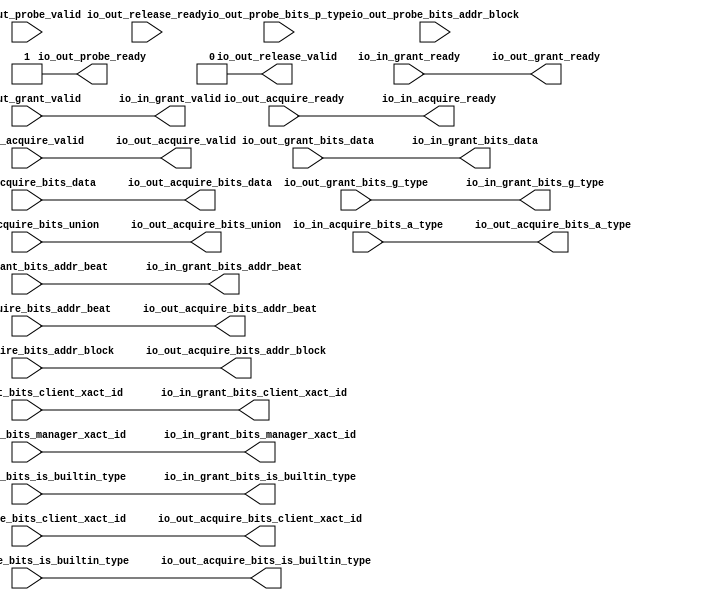
module ClientTileLinkIOWrapper_0
(
  io_in_acquire_ready,
  io_in_acquire_valid,
  io_in_acquire_bits_addr_block,
  io_in_acquire_bits_client_xact_id,
  io_in_acquire_bits_addr_beat,
  io_in_acquire_bits_is_builtin_type,
  io_in_acquire_bits_a_type,
  io_in_acquire_bits_union,
  io_in_acquire_bits_data,
  io_in_grant_ready,
  io_in_grant_valid,
  io_in_grant_bits_addr_beat,
  io_in_grant_bits_client_xact_id,
  io_in_grant_bits_manager_xact_id,
  io_in_grant_bits_is_builtin_type,
  io_in_grant_bits_g_type,
  io_in_grant_bits_data,
  io_out_acquire_ready,
  io_out_acquire_valid,
  io_out_acquire_bits_addr_block,
  io_out_acquire_bits_client_xact_id,
  io_out_acquire_bits_addr_beat,
  io_out_acquire_bits_is_builtin_type,
  io_out_acquire_bits_a_type,
  io_out_acquire_bits_union,
  io_out_acquire_bits_data,
  io_out_grant_ready,
  io_out_grant_valid,
  io_out_grant_bits_addr_beat,
  io_out_grant_bits_client_xact_id,
  io_out_grant_bits_manager_xact_id,
  io_out_grant_bits_is_builtin_type,
  io_out_grant_bits_g_type,
  io_out_grant_bits_data,
  io_out_probe_ready,
  io_out_probe_valid,
  io_out_probe_bits_addr_block,
  io_out_probe_bits_p_type,
  io_out_release_ready,
  io_out_release_valid
);

  input [25:0] io_in_acquire_bits_addr_block;
  input [5:0] io_in_acquire_bits_client_xact_id;
  input [1:0] io_in_acquire_bits_addr_beat;
  input [2:0] io_in_acquire_bits_a_type;
  input [16:0] io_in_acquire_bits_union;
  input [127:0] io_in_acquire_bits_data;
  output [1:0] io_in_grant_bits_addr_beat;
  output [5:0] io_in_grant_bits_client_xact_id;
  output [3:0] io_in_grant_bits_manager_xact_id;
  output [3:0] io_in_grant_bits_g_type;
  output [127:0] io_in_grant_bits_data;
  output [25:0] io_out_acquire_bits_addr_block;
  output [5:0] io_out_acquire_bits_client_xact_id;
  output [1:0] io_out_acquire_bits_addr_beat;
  output [2:0] io_out_acquire_bits_a_type;
  output [16:0] io_out_acquire_bits_union;
  output [127:0] io_out_acquire_bits_data;
  input [1:0] io_out_grant_bits_addr_beat;
  input [5:0] io_out_grant_bits_client_xact_id;
  input [3:0] io_out_grant_bits_manager_xact_id;
  input [3:0] io_out_grant_bits_g_type;
  input [127:0] io_out_grant_bits_data;
  input [25:0] io_out_probe_bits_addr_block;
  input [1:0] io_out_probe_bits_p_type;
  input io_in_acquire_valid;
  input io_in_acquire_bits_is_builtin_type;
  input io_in_grant_ready;
  input io_out_acquire_ready;
  input io_out_grant_valid;
  input io_out_grant_bits_is_builtin_type;
  input io_out_probe_valid;
  input io_out_release_ready;
  output io_in_acquire_ready;
  output io_in_grant_valid;
  output io_in_grant_bits_is_builtin_type;
  output io_out_acquire_valid;
  output io_out_acquire_bits_is_builtin_type;
  output io_out_grant_ready;
  output io_out_probe_ready;
  output io_out_release_valid;
  wire [1:0] io_in_grant_bits_addr_beat,io_out_acquire_bits_addr_beat;
  wire [5:0] io_in_grant_bits_client_xact_id,io_out_acquire_bits_client_xact_id;
  wire [3:0] io_in_grant_bits_manager_xact_id,io_in_grant_bits_g_type;
  wire [127:0] io_in_grant_bits_data,io_out_acquire_bits_data;
  wire [25:0] io_out_acquire_bits_addr_block;
  wire [2:0] io_out_acquire_bits_a_type;
  wire [16:0] io_out_acquire_bits_union;
  wire io_in_acquire_ready,io_in_grant_valid,io_in_grant_bits_is_builtin_type,
  io_out_acquire_valid,io_out_acquire_bits_is_builtin_type,io_out_grant_ready,
  io_out_probe_ready,io_out_release_valid,io_out_acquire_ready,io_out_grant_valid,
  io_out_grant_bits_is_builtin_type,io_in_acquire_valid,io_in_acquire_bits_is_builtin_type,
  io_in_grant_ready;
  assign io_out_probe_ready = 1'b1;
  assign io_out_release_valid = 1'b0;
  assign io_in_acquire_ready = io_out_acquire_ready;
  assign io_in_grant_valid = io_out_grant_valid;
  assign io_in_grant_bits_addr_beat[1] = io_out_grant_bits_addr_beat[1];
  assign io_in_grant_bits_addr_beat[0] = io_out_grant_bits_addr_beat[0];
  assign io_in_grant_bits_client_xact_id[5] = io_out_grant_bits_client_xact_id[5];
  assign io_in_grant_bits_client_xact_id[4] = io_out_grant_bits_client_xact_id[4];
  assign io_in_grant_bits_client_xact_id[3] = io_out_grant_bits_client_xact_id[3];
  assign io_in_grant_bits_client_xact_id[2] = io_out_grant_bits_client_xact_id[2];
  assign io_in_grant_bits_client_xact_id[1] = io_out_grant_bits_client_xact_id[1];
  assign io_in_grant_bits_client_xact_id[0] = io_out_grant_bits_client_xact_id[0];
  assign io_in_grant_bits_manager_xact_id[3] = io_out_grant_bits_manager_xact_id[3];
  assign io_in_grant_bits_manager_xact_id[2] = io_out_grant_bits_manager_xact_id[2];
  assign io_in_grant_bits_manager_xact_id[1] = io_out_grant_bits_manager_xact_id[1];
  assign io_in_grant_bits_manager_xact_id[0] = io_out_grant_bits_manager_xact_id[0];
  assign io_in_grant_bits_is_builtin_type = io_out_grant_bits_is_builtin_type;
  assign io_in_grant_bits_g_type[3] = io_out_grant_bits_g_type[3];
  assign io_in_grant_bits_g_type[2] = io_out_grant_bits_g_type[2];
  assign io_in_grant_bits_g_type[1] = io_out_grant_bits_g_type[1];
  assign io_in_grant_bits_g_type[0] = io_out_grant_bits_g_type[0];
  assign io_in_grant_bits_data[127] = io_out_grant_bits_data[127];
  assign io_in_grant_bits_data[126] = io_out_grant_bits_data[126];
  assign io_in_grant_bits_data[125] = io_out_grant_bits_data[125];
  assign io_in_grant_bits_data[124] = io_out_grant_bits_data[124];
  assign io_in_grant_bits_data[123] = io_out_grant_bits_data[123];
  assign io_in_grant_bits_data[122] = io_out_grant_bits_data[122];
  assign io_in_grant_bits_data[121] = io_out_grant_bits_data[121];
  assign io_in_grant_bits_data[120] = io_out_grant_bits_data[120];
  assign io_in_grant_bits_data[119] = io_out_grant_bits_data[119];
  assign io_in_grant_bits_data[118] = io_out_grant_bits_data[118];
  assign io_in_grant_bits_data[117] = io_out_grant_bits_data[117];
  assign io_in_grant_bits_data[116] = io_out_grant_bits_data[116];
  assign io_in_grant_bits_data[115] = io_out_grant_bits_data[115];
  assign io_in_grant_bits_data[114] = io_out_grant_bits_data[114];
  assign io_in_grant_bits_data[113] = io_out_grant_bits_data[113];
  assign io_in_grant_bits_data[112] = io_out_grant_bits_data[112];
  assign io_in_grant_bits_data[111] = io_out_grant_bits_data[111];
  assign io_in_grant_bits_data[110] = io_out_grant_bits_data[110];
  assign io_in_grant_bits_data[109] = io_out_grant_bits_data[109];
  assign io_in_grant_bits_data[108] = io_out_grant_bits_data[108];
  assign io_in_grant_bits_data[107] = io_out_grant_bits_data[107];
  assign io_in_grant_bits_data[106] = io_out_grant_bits_data[106];
  assign io_in_grant_bits_data[105] = io_out_grant_bits_data[105];
  assign io_in_grant_bits_data[104] = io_out_grant_bits_data[104];
  assign io_in_grant_bits_data[103] = io_out_grant_bits_data[103];
  assign io_in_grant_bits_data[102] = io_out_grant_bits_data[102];
  assign io_in_grant_bits_data[101] = io_out_grant_bits_data[101];
  assign io_in_grant_bits_data[100] = io_out_grant_bits_data[100];
  assign io_in_grant_bits_data[99] = io_out_grant_bits_data[99];
  assign io_in_grant_bits_data[98] = io_out_grant_bits_data[98];
  assign io_in_grant_bits_data[97] = io_out_grant_bits_data[97];
  assign io_in_grant_bits_data[96] = io_out_grant_bits_data[96];
  assign io_in_grant_bits_data[95] = io_out_grant_bits_data[95];
  assign io_in_grant_bits_data[94] = io_out_grant_bits_data[94];
  assign io_in_grant_bits_data[93] = io_out_grant_bits_data[93];
  assign io_in_grant_bits_data[92] = io_out_grant_bits_data[92];
  assign io_in_grant_bits_data[91] = io_out_grant_bits_data[91];
  assign io_in_grant_bits_data[90] = io_out_grant_bits_data[90];
  assign io_in_grant_bits_data[89] = io_out_grant_bits_data[89];
  assign io_in_grant_bits_data[88] = io_out_grant_bits_data[88];
  assign io_in_grant_bits_data[87] = io_out_grant_bits_data[87];
  assign io_in_grant_bits_data[86] = io_out_grant_bits_data[86];
  assign io_in_grant_bits_data[85] = io_out_grant_bits_data[85];
  assign io_in_grant_bits_data[84] = io_out_grant_bits_data[84];
  assign io_in_grant_bits_data[83] = io_out_grant_bits_data[83];
  assign io_in_grant_bits_data[82] = io_out_grant_bits_data[82];
  assign io_in_grant_bits_data[81] = io_out_grant_bits_data[81];
  assign io_in_grant_bits_data[80] = io_out_grant_bits_data[80];
  assign io_in_grant_bits_data[79] = io_out_grant_bits_data[79];
  assign io_in_grant_bits_data[78] = io_out_grant_bits_data[78];
  assign io_in_grant_bits_data[77] = io_out_grant_bits_data[77];
  assign io_in_grant_bits_data[76] = io_out_grant_bits_data[76];
  assign io_in_grant_bits_data[75] = io_out_grant_bits_data[75];
  assign io_in_grant_bits_data[74] = io_out_grant_bits_data[74];
  assign io_in_grant_bits_data[73] = io_out_grant_bits_data[73];
  assign io_in_grant_bits_data[72] = io_out_grant_bits_data[72];
  assign io_in_grant_bits_data[71] = io_out_grant_bits_data[71];
  assign io_in_grant_bits_data[70] = io_out_grant_bits_data[70];
  assign io_in_grant_bits_data[69] = io_out_grant_bits_data[69];
  assign io_in_grant_bits_data[68] = io_out_grant_bits_data[68];
  assign io_in_grant_bits_data[67] = io_out_grant_bits_data[67];
  assign io_in_grant_bits_data[66] = io_out_grant_bits_data[66];
  assign io_in_grant_bits_data[65] = io_out_grant_bits_data[65];
  assign io_in_grant_bits_data[64] = io_out_grant_bits_data[64];
  assign io_in_grant_bits_data[63] = io_out_grant_bits_data[63];
  assign io_in_grant_bits_data[62] = io_out_grant_bits_data[62];
  assign io_in_grant_bits_data[61] = io_out_grant_bits_data[61];
  assign io_in_grant_bits_data[60] = io_out_grant_bits_data[60];
  assign io_in_grant_bits_data[59] = io_out_grant_bits_data[59];
  assign io_in_grant_bits_data[58] = io_out_grant_bits_data[58];
  assign io_in_grant_bits_data[57] = io_out_grant_bits_data[57];
  assign io_in_grant_bits_data[56] = io_out_grant_bits_data[56];
  assign io_in_grant_bits_data[55] = io_out_grant_bits_data[55];
  assign io_in_grant_bits_data[54] = io_out_grant_bits_data[54];
  assign io_in_grant_bits_data[53] = io_out_grant_bits_data[53];
  assign io_in_grant_bits_data[52] = io_out_grant_bits_data[52];
  assign io_in_grant_bits_data[51] = io_out_grant_bits_data[51];
  assign io_in_grant_bits_data[50] = io_out_grant_bits_data[50];
  assign io_in_grant_bits_data[49] = io_out_grant_bits_data[49];
  assign io_in_grant_bits_data[48] = io_out_grant_bits_data[48];
  assign io_in_grant_bits_data[47] = io_out_grant_bits_data[47];
  assign io_in_grant_bits_data[46] = io_out_grant_bits_data[46];
  assign io_in_grant_bits_data[45] = io_out_grant_bits_data[45];
  assign io_in_grant_bits_data[44] = io_out_grant_bits_data[44];
  assign io_in_grant_bits_data[43] = io_out_grant_bits_data[43];
  assign io_in_grant_bits_data[42] = io_out_grant_bits_data[42];
  assign io_in_grant_bits_data[41] = io_out_grant_bits_data[41];
  assign io_in_grant_bits_data[40] = io_out_grant_bits_data[40];
  assign io_in_grant_bits_data[39] = io_out_grant_bits_data[39];
  assign io_in_grant_bits_data[38] = io_out_grant_bits_data[38];
  assign io_in_grant_bits_data[37] = io_out_grant_bits_data[37];
  assign io_in_grant_bits_data[36] = io_out_grant_bits_data[36];
  assign io_in_grant_bits_data[35] = io_out_grant_bits_data[35];
  assign io_in_grant_bits_data[34] = io_out_grant_bits_data[34];
  assign io_in_grant_bits_data[33] = io_out_grant_bits_data[33];
  assign io_in_grant_bits_data[32] = io_out_grant_bits_data[32];
  assign io_in_grant_bits_data[31] = io_out_grant_bits_data[31];
  assign io_in_grant_bits_data[30] = io_out_grant_bits_data[30];
  assign io_in_grant_bits_data[29] = io_out_grant_bits_data[29];
  assign io_in_grant_bits_data[28] = io_out_grant_bits_data[28];
  assign io_in_grant_bits_data[27] = io_out_grant_bits_data[27];
  assign io_in_grant_bits_data[26] = io_out_grant_bits_data[26];
  assign io_in_grant_bits_data[25] = io_out_grant_bits_data[25];
  assign io_in_grant_bits_data[24] = io_out_grant_bits_data[24];
  assign io_in_grant_bits_data[23] = io_out_grant_bits_data[23];
  assign io_in_grant_bits_data[22] = io_out_grant_bits_data[22];
  assign io_in_grant_bits_data[21] = io_out_grant_bits_data[21];
  assign io_in_grant_bits_data[20] = io_out_grant_bits_data[20];
  assign io_in_grant_bits_data[19] = io_out_grant_bits_data[19];
  assign io_in_grant_bits_data[18] = io_out_grant_bits_data[18];
  assign io_in_grant_bits_data[17] = io_out_grant_bits_data[17];
  assign io_in_grant_bits_data[16] = io_out_grant_bits_data[16];
  assign io_in_grant_bits_data[15] = io_out_grant_bits_data[15];
  assign io_in_grant_bits_data[14] = io_out_grant_bits_data[14];
  assign io_in_grant_bits_data[13] = io_out_grant_bits_data[13];
  assign io_in_grant_bits_data[12] = io_out_grant_bits_data[12];
  assign io_in_grant_bits_data[11] = io_out_grant_bits_data[11];
  assign io_in_grant_bits_data[10] = io_out_grant_bits_data[10];
  assign io_in_grant_bits_data[9] = io_out_grant_bits_data[9];
  assign io_in_grant_bits_data[8] = io_out_grant_bits_data[8];
  assign io_in_grant_bits_data[7] = io_out_grant_bits_data[7];
  assign io_in_grant_bits_data[6] = io_out_grant_bits_data[6];
  assign io_in_grant_bits_data[5] = io_out_grant_bits_data[5];
  assign io_in_grant_bits_data[4] = io_out_grant_bits_data[4];
  assign io_in_grant_bits_data[3] = io_out_grant_bits_data[3];
  assign io_in_grant_bits_data[2] = io_out_grant_bits_data[2];
  assign io_in_grant_bits_data[1] = io_out_grant_bits_data[1];
  assign io_in_grant_bits_data[0] = io_out_grant_bits_data[0];
  assign io_out_acquire_valid = io_in_acquire_valid;
  assign io_out_acquire_bits_addr_block[25] = io_in_acquire_bits_addr_block[25];
  assign io_out_acquire_bits_addr_block[24] = io_in_acquire_bits_addr_block[24];
  assign io_out_acquire_bits_addr_block[23] = io_in_acquire_bits_addr_block[23];
  assign io_out_acquire_bits_addr_block[22] = io_in_acquire_bits_addr_block[22];
  assign io_out_acquire_bits_addr_block[21] = io_in_acquire_bits_addr_block[21];
  assign io_out_acquire_bits_addr_block[20] = io_in_acquire_bits_addr_block[20];
  assign io_out_acquire_bits_addr_block[19] = io_in_acquire_bits_addr_block[19];
  assign io_out_acquire_bits_addr_block[18] = io_in_acquire_bits_addr_block[18];
  assign io_out_acquire_bits_addr_block[17] = io_in_acquire_bits_addr_block[17];
  assign io_out_acquire_bits_addr_block[16] = io_in_acquire_bits_addr_block[16];
  assign io_out_acquire_bits_addr_block[15] = io_in_acquire_bits_addr_block[15];
  assign io_out_acquire_bits_addr_block[14] = io_in_acquire_bits_addr_block[14];
  assign io_out_acquire_bits_addr_block[13] = io_in_acquire_bits_addr_block[13];
  assign io_out_acquire_bits_addr_block[12] = io_in_acquire_bits_addr_block[12];
  assign io_out_acquire_bits_addr_block[11] = io_in_acquire_bits_addr_block[11];
  assign io_out_acquire_bits_addr_block[10] = io_in_acquire_bits_addr_block[10];
  assign io_out_acquire_bits_addr_block[9] = io_in_acquire_bits_addr_block[9];
  assign io_out_acquire_bits_addr_block[8] = io_in_acquire_bits_addr_block[8];
  assign io_out_acquire_bits_addr_block[7] = io_in_acquire_bits_addr_block[7];
  assign io_out_acquire_bits_addr_block[6] = io_in_acquire_bits_addr_block[6];
  assign io_out_acquire_bits_addr_block[5] = io_in_acquire_bits_addr_block[5];
  assign io_out_acquire_bits_addr_block[4] = io_in_acquire_bits_addr_block[4];
  assign io_out_acquire_bits_addr_block[3] = io_in_acquire_bits_addr_block[3];
  assign io_out_acquire_bits_addr_block[2] = io_in_acquire_bits_addr_block[2];
  assign io_out_acquire_bits_addr_block[1] = io_in_acquire_bits_addr_block[1];
  assign io_out_acquire_bits_addr_block[0] = io_in_acquire_bits_addr_block[0];
  assign io_out_acquire_bits_client_xact_id[5] = io_in_acquire_bits_client_xact_id[5];
  assign io_out_acquire_bits_client_xact_id[4] = io_in_acquire_bits_client_xact_id[4];
  assign io_out_acquire_bits_client_xact_id[3] = io_in_acquire_bits_client_xact_id[3];
  assign io_out_acquire_bits_client_xact_id[2] = io_in_acquire_bits_client_xact_id[2];
  assign io_out_acquire_bits_client_xact_id[1] = io_in_acquire_bits_client_xact_id[1];
  assign io_out_acquire_bits_client_xact_id[0] = io_in_acquire_bits_client_xact_id[0];
  assign io_out_acquire_bits_addr_beat[1] = io_in_acquire_bits_addr_beat[1];
  assign io_out_acquire_bits_addr_beat[0] = io_in_acquire_bits_addr_beat[0];
  assign io_out_acquire_bits_is_builtin_type = io_in_acquire_bits_is_builtin_type;
  assign io_out_acquire_bits_a_type[2] = io_in_acquire_bits_a_type[2];
  assign io_out_acquire_bits_a_type[1] = io_in_acquire_bits_a_type[1];
  assign io_out_acquire_bits_a_type[0] = io_in_acquire_bits_a_type[0];
  assign io_out_acquire_bits_union[16] = io_in_acquire_bits_union[16];
  assign io_out_acquire_bits_union[15] = io_in_acquire_bits_union[15];
  assign io_out_acquire_bits_union[14] = io_in_acquire_bits_union[14];
  assign io_out_acquire_bits_union[13] = io_in_acquire_bits_union[13];
  assign io_out_acquire_bits_union[12] = io_in_acquire_bits_union[12];
  assign io_out_acquire_bits_union[11] = io_in_acquire_bits_union[11];
  assign io_out_acquire_bits_union[10] = io_in_acquire_bits_union[10];
  assign io_out_acquire_bits_union[9] = io_in_acquire_bits_union[9];
  assign io_out_acquire_bits_union[8] = io_in_acquire_bits_union[8];
  assign io_out_acquire_bits_union[7] = io_in_acquire_bits_union[7];
  assign io_out_acquire_bits_union[6] = io_in_acquire_bits_union[6];
  assign io_out_acquire_bits_union[5] = io_in_acquire_bits_union[5];
  assign io_out_acquire_bits_union[4] = io_in_acquire_bits_union[4];
  assign io_out_acquire_bits_union[3] = io_in_acquire_bits_union[3];
  assign io_out_acquire_bits_union[2] = io_in_acquire_bits_union[2];
  assign io_out_acquire_bits_union[1] = io_in_acquire_bits_union[1];
  assign io_out_acquire_bits_union[0] = io_in_acquire_bits_union[0];
  assign io_out_acquire_bits_data[127] = io_in_acquire_bits_data[127];
  assign io_out_acquire_bits_data[126] = io_in_acquire_bits_data[126];
  assign io_out_acquire_bits_data[125] = io_in_acquire_bits_data[125];
  assign io_out_acquire_bits_data[124] = io_in_acquire_bits_data[124];
  assign io_out_acquire_bits_data[123] = io_in_acquire_bits_data[123];
  assign io_out_acquire_bits_data[122] = io_in_acquire_bits_data[122];
  assign io_out_acquire_bits_data[121] = io_in_acquire_bits_data[121];
  assign io_out_acquire_bits_data[120] = io_in_acquire_bits_data[120];
  assign io_out_acquire_bits_data[119] = io_in_acquire_bits_data[119];
  assign io_out_acquire_bits_data[118] = io_in_acquire_bits_data[118];
  assign io_out_acquire_bits_data[117] = io_in_acquire_bits_data[117];
  assign io_out_acquire_bits_data[116] = io_in_acquire_bits_data[116];
  assign io_out_acquire_bits_data[115] = io_in_acquire_bits_data[115];
  assign io_out_acquire_bits_data[114] = io_in_acquire_bits_data[114];
  assign io_out_acquire_bits_data[113] = io_in_acquire_bits_data[113];
  assign io_out_acquire_bits_data[112] = io_in_acquire_bits_data[112];
  assign io_out_acquire_bits_data[111] = io_in_acquire_bits_data[111];
  assign io_out_acquire_bits_data[110] = io_in_acquire_bits_data[110];
  assign io_out_acquire_bits_data[109] = io_in_acquire_bits_data[109];
  assign io_out_acquire_bits_data[108] = io_in_acquire_bits_data[108];
  assign io_out_acquire_bits_data[107] = io_in_acquire_bits_data[107];
  assign io_out_acquire_bits_data[106] = io_in_acquire_bits_data[106];
  assign io_out_acquire_bits_data[105] = io_in_acquire_bits_data[105];
  assign io_out_acquire_bits_data[104] = io_in_acquire_bits_data[104];
  assign io_out_acquire_bits_data[103] = io_in_acquire_bits_data[103];
  assign io_out_acquire_bits_data[102] = io_in_acquire_bits_data[102];
  assign io_out_acquire_bits_data[101] = io_in_acquire_bits_data[101];
  assign io_out_acquire_bits_data[100] = io_in_acquire_bits_data[100];
  assign io_out_acquire_bits_data[99] = io_in_acquire_bits_data[99];
  assign io_out_acquire_bits_data[98] = io_in_acquire_bits_data[98];
  assign io_out_acquire_bits_data[97] = io_in_acquire_bits_data[97];
  assign io_out_acquire_bits_data[96] = io_in_acquire_bits_data[96];
  assign io_out_acquire_bits_data[95] = io_in_acquire_bits_data[95];
  assign io_out_acquire_bits_data[94] = io_in_acquire_bits_data[94];
  assign io_out_acquire_bits_data[93] = io_in_acquire_bits_data[93];
  assign io_out_acquire_bits_data[92] = io_in_acquire_bits_data[92];
  assign io_out_acquire_bits_data[91] = io_in_acquire_bits_data[91];
  assign io_out_acquire_bits_data[90] = io_in_acquire_bits_data[90];
  assign io_out_acquire_bits_data[89] = io_in_acquire_bits_data[89];
  assign io_out_acquire_bits_data[88] = io_in_acquire_bits_data[88];
  assign io_out_acquire_bits_data[87] = io_in_acquire_bits_data[87];
  assign io_out_acquire_bits_data[86] = io_in_acquire_bits_data[86];
  assign io_out_acquire_bits_data[85] = io_in_acquire_bits_data[85];
  assign io_out_acquire_bits_data[84] = io_in_acquire_bits_data[84];
  assign io_out_acquire_bits_data[83] = io_in_acquire_bits_data[83];
  assign io_out_acquire_bits_data[82] = io_in_acquire_bits_data[82];
  assign io_out_acquire_bits_data[81] = io_in_acquire_bits_data[81];
  assign io_out_acquire_bits_data[80] = io_in_acquire_bits_data[80];
  assign io_out_acquire_bits_data[79] = io_in_acquire_bits_data[79];
  assign io_out_acquire_bits_data[78] = io_in_acquire_bits_data[78];
  assign io_out_acquire_bits_data[77] = io_in_acquire_bits_data[77];
  assign io_out_acquire_bits_data[76] = io_in_acquire_bits_data[76];
  assign io_out_acquire_bits_data[75] = io_in_acquire_bits_data[75];
  assign io_out_acquire_bits_data[74] = io_in_acquire_bits_data[74];
  assign io_out_acquire_bits_data[73] = io_in_acquire_bits_data[73];
  assign io_out_acquire_bits_data[72] = io_in_acquire_bits_data[72];
  assign io_out_acquire_bits_data[71] = io_in_acquire_bits_data[71];
  assign io_out_acquire_bits_data[70] = io_in_acquire_bits_data[70];
  assign io_out_acquire_bits_data[69] = io_in_acquire_bits_data[69];
  assign io_out_acquire_bits_data[68] = io_in_acquire_bits_data[68];
  assign io_out_acquire_bits_data[67] = io_in_acquire_bits_data[67];
  assign io_out_acquire_bits_data[66] = io_in_acquire_bits_data[66];
  assign io_out_acquire_bits_data[65] = io_in_acquire_bits_data[65];
  assign io_out_acquire_bits_data[64] = io_in_acquire_bits_data[64];
  assign io_out_acquire_bits_data[63] = io_in_acquire_bits_data[63];
  assign io_out_acquire_bits_data[62] = io_in_acquire_bits_data[62];
  assign io_out_acquire_bits_data[61] = io_in_acquire_bits_data[61];
  assign io_out_acquire_bits_data[60] = io_in_acquire_bits_data[60];
  assign io_out_acquire_bits_data[59] = io_in_acquire_bits_data[59];
  assign io_out_acquire_bits_data[58] = io_in_acquire_bits_data[58];
  assign io_out_acquire_bits_data[57] = io_in_acquire_bits_data[57];
  assign io_out_acquire_bits_data[56] = io_in_acquire_bits_data[56];
  assign io_out_acquire_bits_data[55] = io_in_acquire_bits_data[55];
  assign io_out_acquire_bits_data[54] = io_in_acquire_bits_data[54];
  assign io_out_acquire_bits_data[53] = io_in_acquire_bits_data[53];
  assign io_out_acquire_bits_data[52] = io_in_acquire_bits_data[52];
  assign io_out_acquire_bits_data[51] = io_in_acquire_bits_data[51];
  assign io_out_acquire_bits_data[50] = io_in_acquire_bits_data[50];
  assign io_out_acquire_bits_data[49] = io_in_acquire_bits_data[49];
  assign io_out_acquire_bits_data[48] = io_in_acquire_bits_data[48];
  assign io_out_acquire_bits_data[47] = io_in_acquire_bits_data[47];
  assign io_out_acquire_bits_data[46] = io_in_acquire_bits_data[46];
  assign io_out_acquire_bits_data[45] = io_in_acquire_bits_data[45];
  assign io_out_acquire_bits_data[44] = io_in_acquire_bits_data[44];
  assign io_out_acquire_bits_data[43] = io_in_acquire_bits_data[43];
  assign io_out_acquire_bits_data[42] = io_in_acquire_bits_data[42];
  assign io_out_acquire_bits_data[41] = io_in_acquire_bits_data[41];
  assign io_out_acquire_bits_data[40] = io_in_acquire_bits_data[40];
  assign io_out_acquire_bits_data[39] = io_in_acquire_bits_data[39];
  assign io_out_acquire_bits_data[38] = io_in_acquire_bits_data[38];
  assign io_out_acquire_bits_data[37] = io_in_acquire_bits_data[37];
  assign io_out_acquire_bits_data[36] = io_in_acquire_bits_data[36];
  assign io_out_acquire_bits_data[35] = io_in_acquire_bits_data[35];
  assign io_out_acquire_bits_data[34] = io_in_acquire_bits_data[34];
  assign io_out_acquire_bits_data[33] = io_in_acquire_bits_data[33];
  assign io_out_acquire_bits_data[32] = io_in_acquire_bits_data[32];
  assign io_out_acquire_bits_data[31] = io_in_acquire_bits_data[31];
  assign io_out_acquire_bits_data[30] = io_in_acquire_bits_data[30];
  assign io_out_acquire_bits_data[29] = io_in_acquire_bits_data[29];
  assign io_out_acquire_bits_data[28] = io_in_acquire_bits_data[28];
  assign io_out_acquire_bits_data[27] = io_in_acquire_bits_data[27];
  assign io_out_acquire_bits_data[26] = io_in_acquire_bits_data[26];
  assign io_out_acquire_bits_data[25] = io_in_acquire_bits_data[25];
  assign io_out_acquire_bits_data[24] = io_in_acquire_bits_data[24];
  assign io_out_acquire_bits_data[23] = io_in_acquire_bits_data[23];
  assign io_out_acquire_bits_data[22] = io_in_acquire_bits_data[22];
  assign io_out_acquire_bits_data[21] = io_in_acquire_bits_data[21];
  assign io_out_acquire_bits_data[20] = io_in_acquire_bits_data[20];
  assign io_out_acquire_bits_data[19] = io_in_acquire_bits_data[19];
  assign io_out_acquire_bits_data[18] = io_in_acquire_bits_data[18];
  assign io_out_acquire_bits_data[17] = io_in_acquire_bits_data[17];
  assign io_out_acquire_bits_data[16] = io_in_acquire_bits_data[16];
  assign io_out_acquire_bits_data[15] = io_in_acquire_bits_data[15];
  assign io_out_acquire_bits_data[14] = io_in_acquire_bits_data[14];
  assign io_out_acquire_bits_data[13] = io_in_acquire_bits_data[13];
  assign io_out_acquire_bits_data[12] = io_in_acquire_bits_data[12];
  assign io_out_acquire_bits_data[11] = io_in_acquire_bits_data[11];
  assign io_out_acquire_bits_data[10] = io_in_acquire_bits_data[10];
  assign io_out_acquire_bits_data[9] = io_in_acquire_bits_data[9];
  assign io_out_acquire_bits_data[8] = io_in_acquire_bits_data[8];
  assign io_out_acquire_bits_data[7] = io_in_acquire_bits_data[7];
  assign io_out_acquire_bits_data[6] = io_in_acquire_bits_data[6];
  assign io_out_acquire_bits_data[5] = io_in_acquire_bits_data[5];
  assign io_out_acquire_bits_data[4] = io_in_acquire_bits_data[4];
  assign io_out_acquire_bits_data[3] = io_in_acquire_bits_data[3];
  assign io_out_acquire_bits_data[2] = io_in_acquire_bits_data[2];
  assign io_out_acquire_bits_data[1] = io_in_acquire_bits_data[1];
  assign io_out_acquire_bits_data[0] = io_in_acquire_bits_data[0];
  assign io_out_grant_ready = io_in_grant_ready;

endmodule